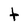
Character: t